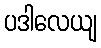
ပဒါလေယျ